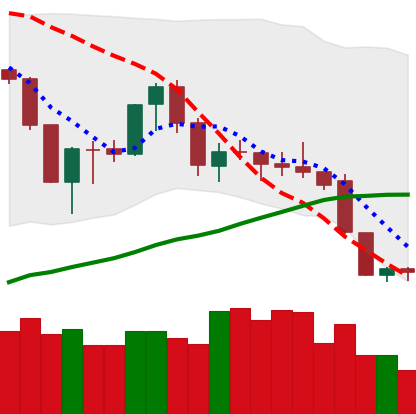
Ticker: XMR-USD
Chart end date: 2019-08-31
Forward return: 12.479%
Label: up_7plus